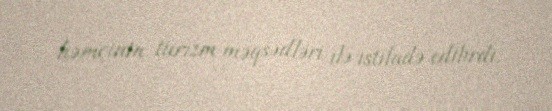
həmçinin turizm məqsədləri ilə istifadə edilirdi.